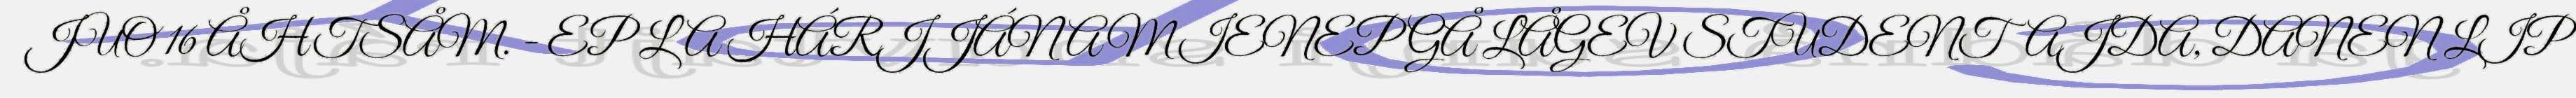
JUO 16 ÅHTSÅM. - EP LA HÁRJJÁNAM IENEP GÅ LÅGEV STUDENTAJDA, DANEN LIP